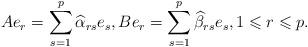
LaTeX: \begin{align*}Ae_r=\sum_{s=1}^p\widehat \alpha_{rs}e_s,Be_r=\sum_{s=1}^p\widehat \beta_{rs}e_s,1\leqslant r\leqslant p.\end{align*}